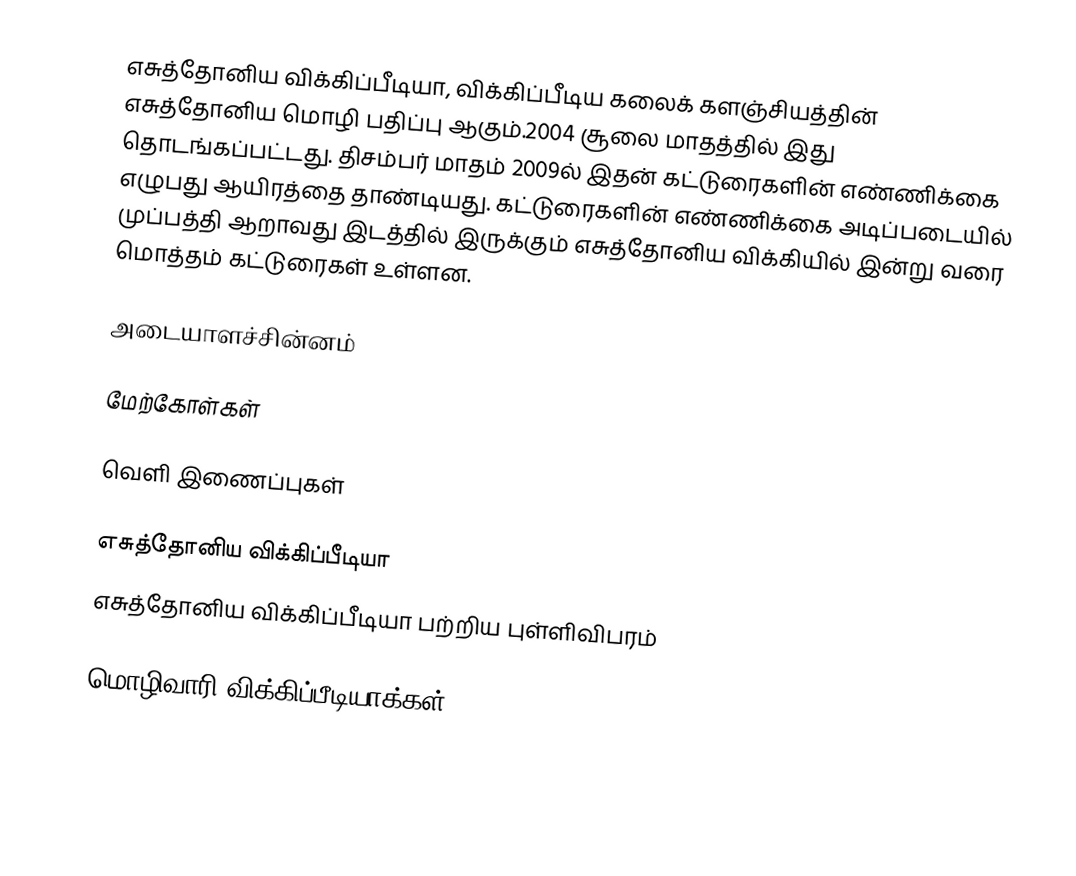
எசுத்தோனிய விக்கிப்பீடியா, விக்கிப்பீடிய கலைக் களஞ்சியத்தின் எசுத்தோனிய மொழி பதிப்பு ஆகும்.2004 சூலை மாதத்தில் இது தொடங்கப்பட்டது. திசம்பர் மாதம் 2009ல் இதன் கட்டுரைகளின் எண்ணிக்கை எழுபது ஆயிரத்தை தாண்டியது. கட்டுரைகளின் எண்ணிக்கை அடிப்படையில் முப்பத்தி ஆறாவது இடத்தில் இருக்கும் எசுத்தோனிய விக்கியில் இன்று வரை மொத்தம் கட்டுரைகள் உள்ளன.

அடையாளச்சின்னம்

மேற்கோள்கள்

வெளி இணைப்புகள்

எசுத்தோனிய விக்கிப்பீடியா
எசுத்தோனிய விக்கிப்பீடியா பற்றிய புள்ளிவிபரம்

மொழிவாரி விக்கிப்பீடியாக்கள்